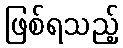
ဖြစ်ရသည့်